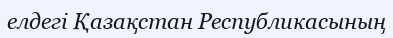
елдегі Қазақстан Республикасының